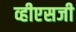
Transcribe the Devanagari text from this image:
व्हीएसजी